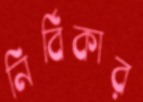
নির্বিকার